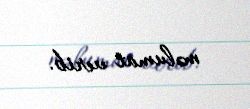
məlumat verib.